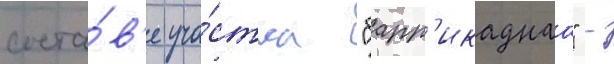
соста́в'е уча́стка "барр'икаднаа" -